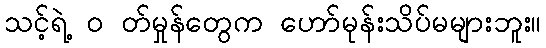
သင့်ရဲ့ ၀ တ်မှုန်တွေက ဟော်မုန်းသိပ်မများဘူး။